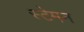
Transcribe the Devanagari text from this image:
स्टेमन